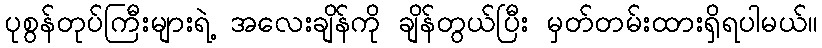
ပုစွန်တုပ်ကြီးများရဲ့ အလေးချိန်ကို ချိန်တွယ်ပြီး မှတ်တမ်းထားရှိရပါမယ်။